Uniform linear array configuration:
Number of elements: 16
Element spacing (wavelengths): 0.25
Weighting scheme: hann
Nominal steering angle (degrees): -30
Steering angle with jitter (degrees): -31.296
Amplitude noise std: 0.05
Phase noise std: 0.05

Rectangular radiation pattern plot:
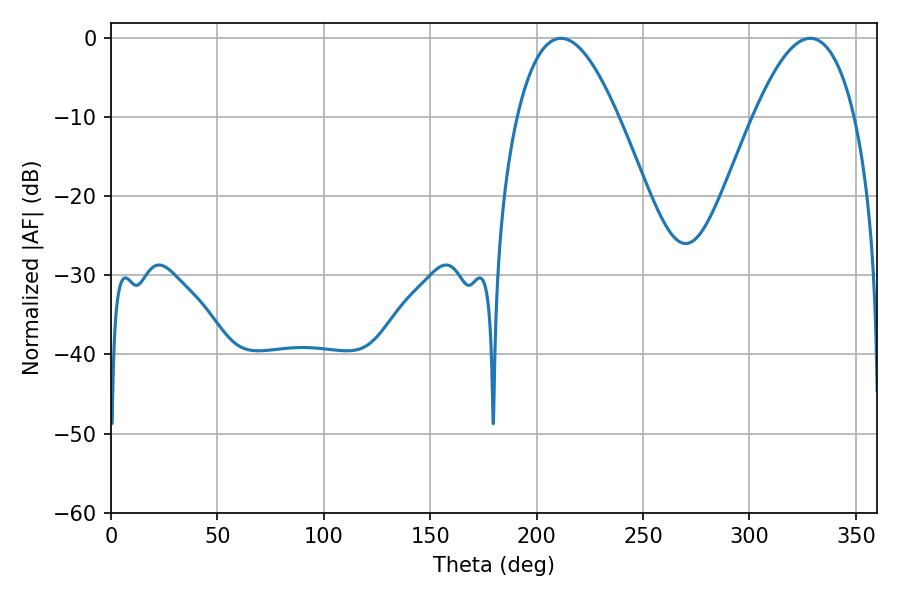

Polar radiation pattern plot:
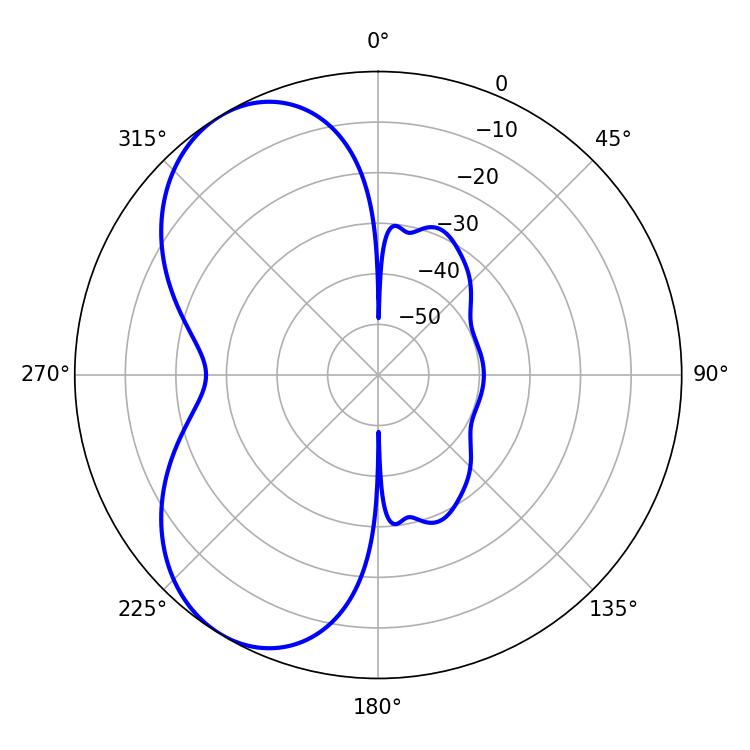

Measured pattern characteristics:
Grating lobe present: FALSE
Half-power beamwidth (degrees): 25.92
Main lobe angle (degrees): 211.5